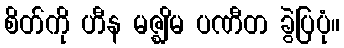
စိတ်ကို ဟီန မဇ္ဈိမ ပဏီတ ခွဲပြပုံ။